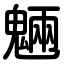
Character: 魎